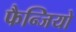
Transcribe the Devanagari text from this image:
फैन्जियो